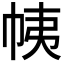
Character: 𢂒